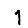
Digit: 1